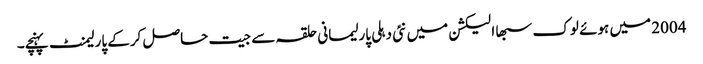
2004 میں ہوئے لوک سبھا الیکشن میں نئی دہلی پارلیمانی حلقہ سے جیت حاصل کرکے پارلیمنٹ پہنچے۔